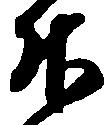
升